Jarvakandi_vallavalitsus, lk 17
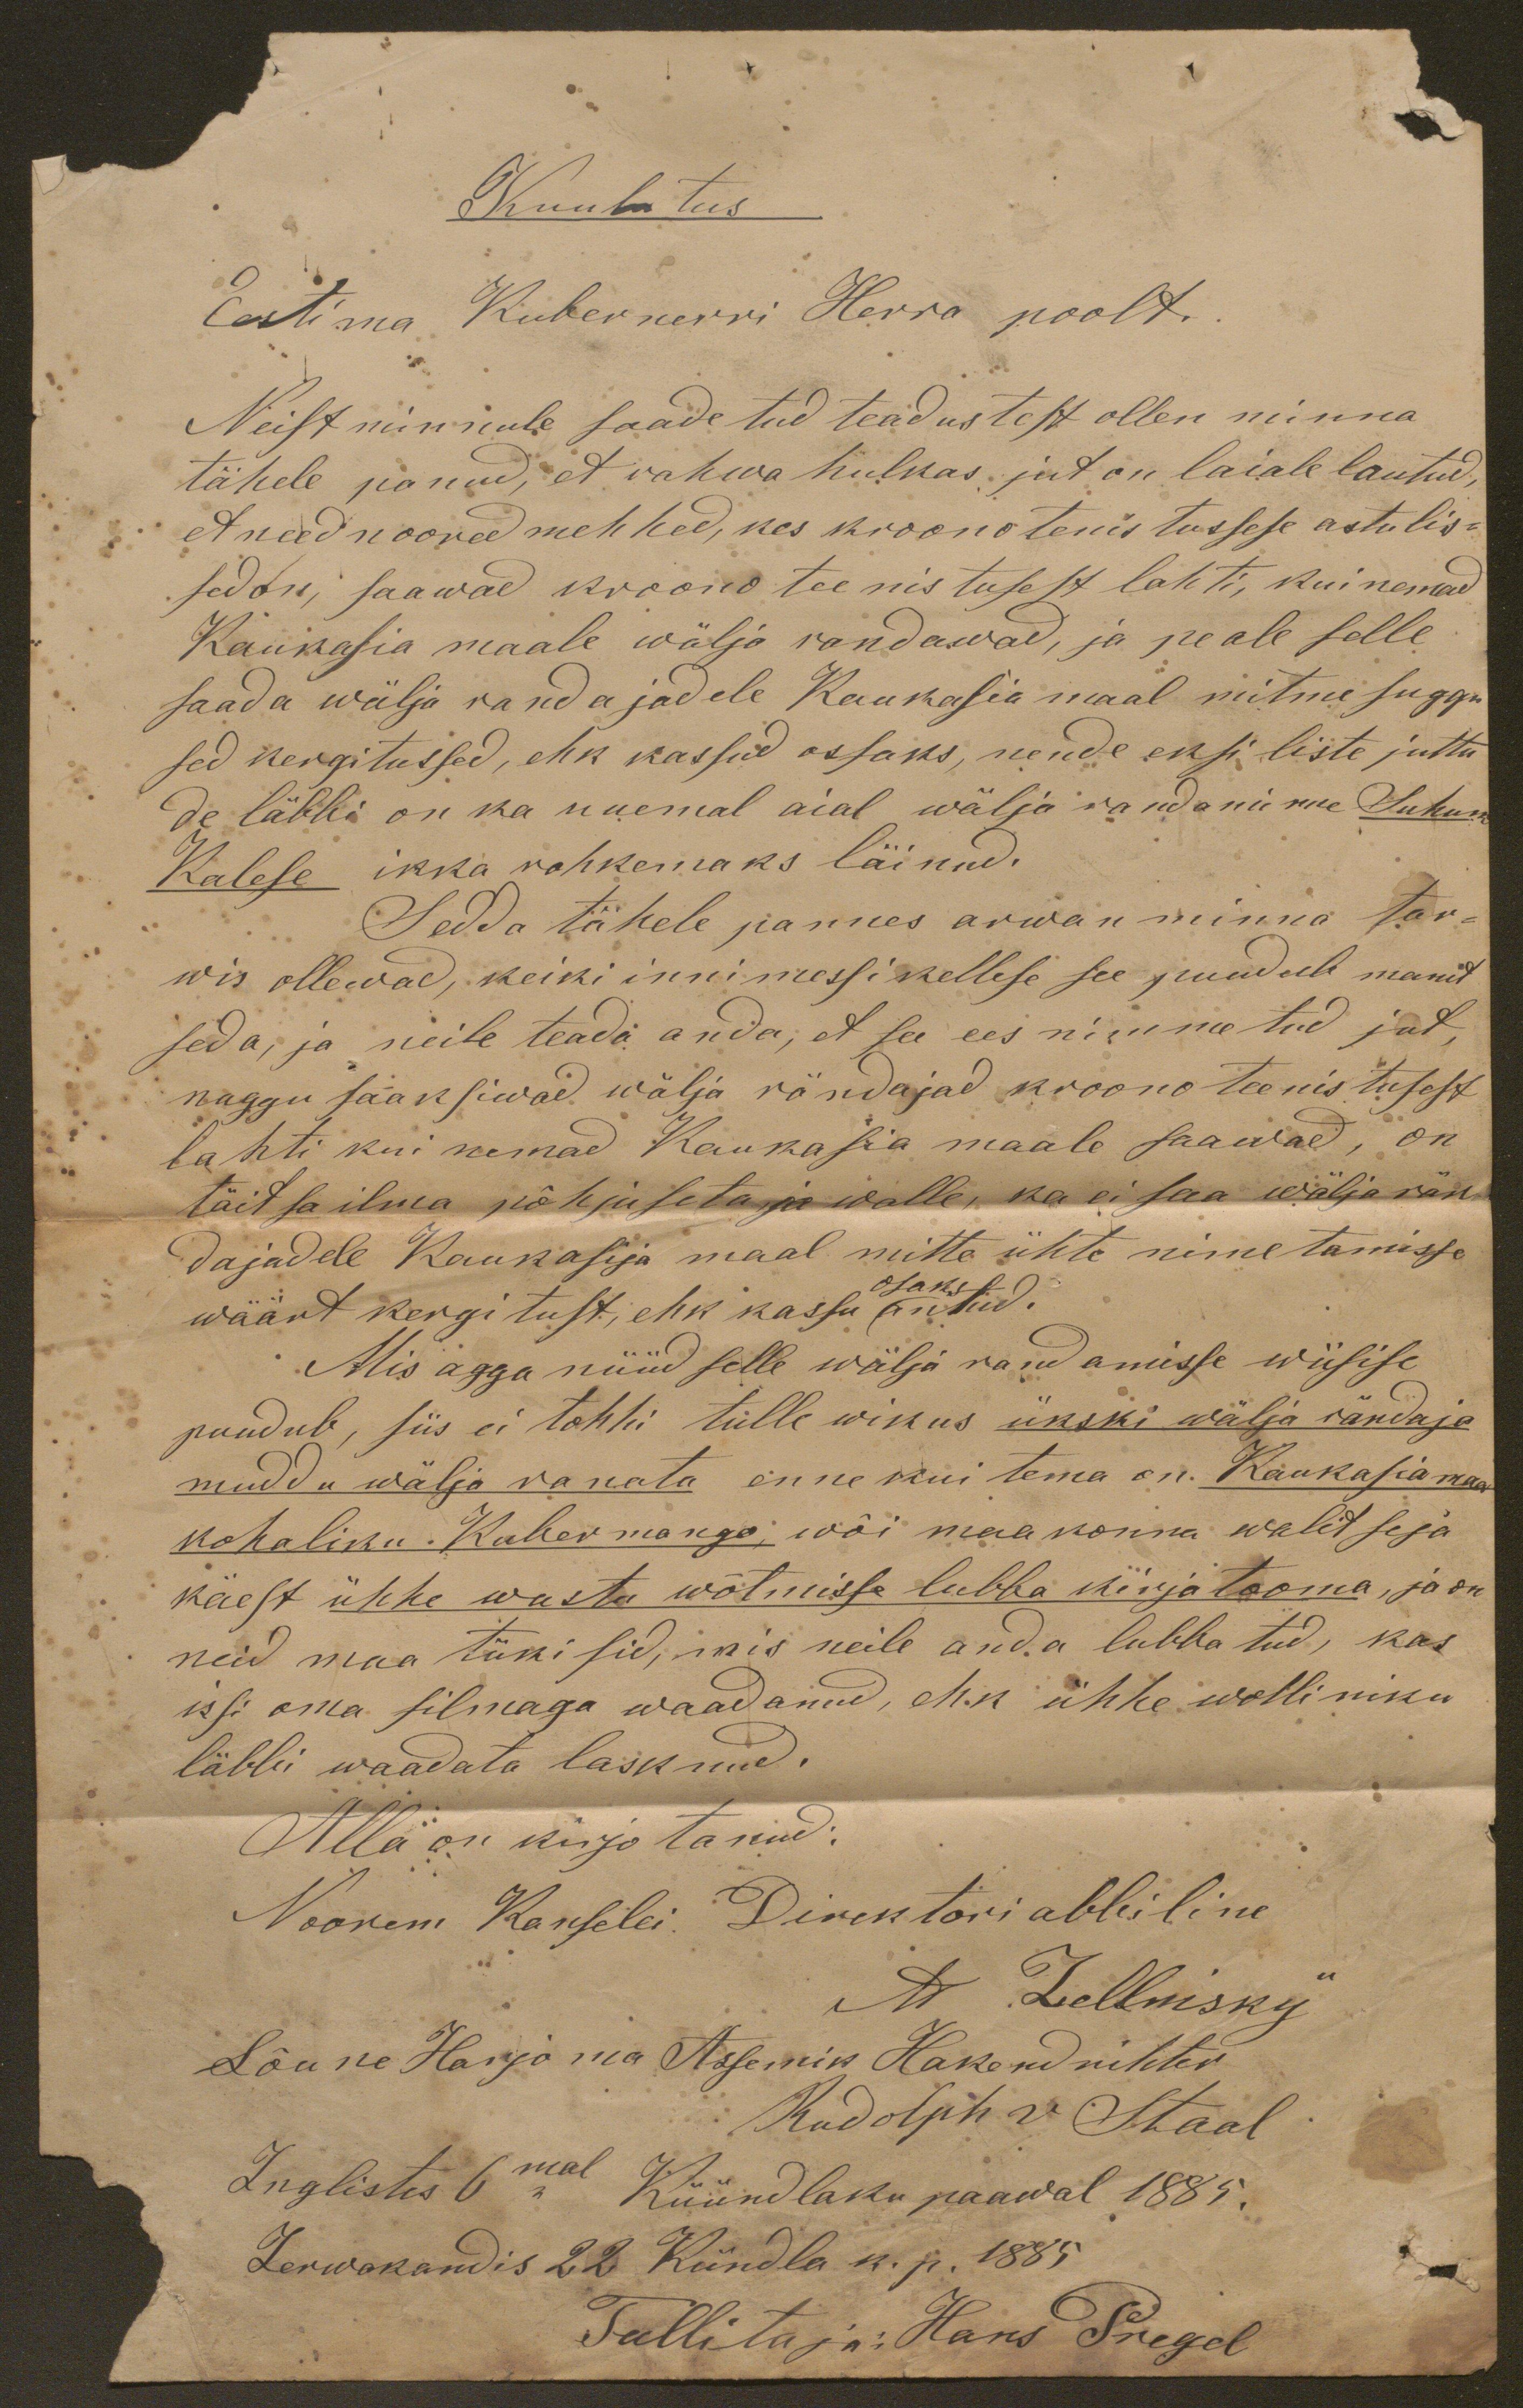
Kuulutus
Eestima Kubernerri Herra poolt.
Neist minnule saadetud teadustest ollen minna
tähele panud, et rahwa hulkas jut on laiale lautud,
et need noored mehhed, kes kroono tenistusese astulis-
sed on, saawad kroono teenistusest lahti, kui nemad
Kaukasia maale wälja randawad, ja peale selle
saada wälja randajadele Kaukasia maal mitme suggu
sed kergitussed, ehk kassud ossaks, nende eksiliste juttu
de läbbi on ka uuemal aial wälja randamine Suhune
Kalese ikka rohkemaks läinud.

Sedda tähele pannes arwan minna tar-
wis ollewad, keiki innimessi kellese see puudub manit
seda, ja neile teada anda, et see ees nimmetud jut,
naggu saaksiwad wälja rändajad kroono teenistusest
lahti kui nemad Kaukasia maale saawad, on
täitsailma põhjuseta ja walle, ka ei saa wälja rär-
dajadele Kaukasija maal mitte ühte nimetamisse
wäärt kergitust, ehk kassu antud.
osaks

Mis agga nüüd selle wälja randamisse wiisise
puudub, siis ei tohhi tulle wikus ükski wälja rändaja
muddu wälja ranata enne kui tema on Kaukasiamaa
kohaliku Kubermango, wõi maakonna walitseja
käest ühhe wastu wõtmisse lubba kirja tooma, ja on
neid maa tüki sid, mis neile anda lubba tud, kas
issi oma silmaga waadanud, ehk ühhe wolliniku
läbbi waadata lasknud.

Alla on kirjo tanud:
Noorem Kanselei. Direktori abbiline
M. Zellnisky
Lõune Harjo ma Assemik, Hakendrihter
Rudolph v Staal
Inglistes 6mal Küündlaku pääwal 1885.
Jerwakandis 22 Kündla k. p. 1885.
Tallitaja: Hans Pregel